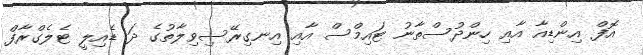
އޮފް އިންޑިއާ އާއި ހިންދުސްތާނު ޓައިމްސް އާއި އިނގިރޭސިވިލާތުގެ ދަ ޑެއިލީ ޓެލެގްރާފް